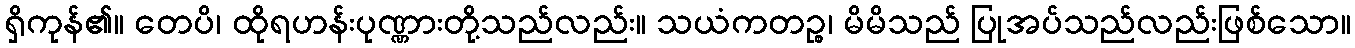
ရှိကုန်၏။ တေပိ၊ ထိုရဟန်းပုဏ္ဏားတို့သည်လည်း။ သယံကတဉ္စ၊ မိမိသည် ပြုအပ်သည်လည်းဖြစ်သော။